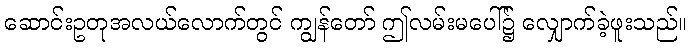
ဆောင်းဥတုအလယ်လောက်တွင် ကျွန်တော် ဤလမ်းမပေါ်၌ လျှောက်ခဲ့ဖူးသည်။